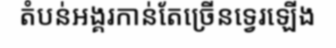
តំបន់អង្គរកាន់តែច្រើនទ្វេរឡើង